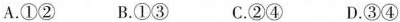
A.①②B.①③C.②④D.③④